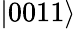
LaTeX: |0011\rangle